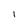
Character: 1